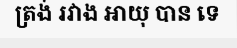
ត្រង់ រវាង អាយុ បាន ទេ